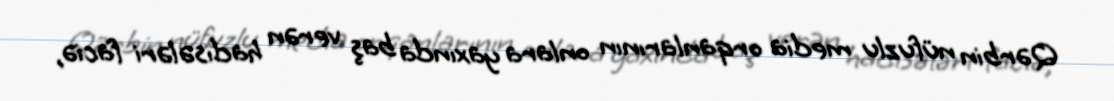
Qərbin nüfuzlu media orqanlarının onlara yaxında baş verən hadisələri faciə,